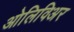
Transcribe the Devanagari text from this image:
ओलिविअर